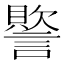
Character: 𮘳